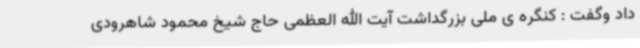
داد وگفت : کنگره ی ملی بزرگداشت آیت الله العظمی حاج شیخ محمود شاهرودی